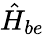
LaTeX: \hat{H}_{be}